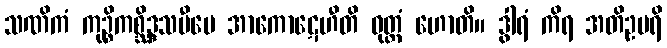
သဏိကံ ကုဉ္စိကစ္ဆိဒ္ဒသမီပေ အာကောဋေဟီတိ ဝုတ္တံ ဟောတိ။ ဒွါရံ ကိရ အတိဥပရိ